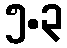
၅.၃